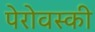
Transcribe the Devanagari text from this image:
पेरोवस्की